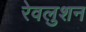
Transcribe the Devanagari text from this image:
रेवलुशन